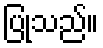
ပြုသည်။